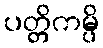
ပတ္တိကမ္ပိ